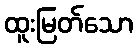
ထူးမြတ်သော